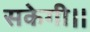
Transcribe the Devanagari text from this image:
सकेगी।।